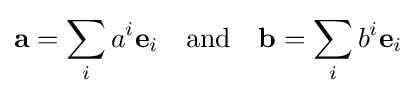
\mathbf {a} =\sum _{i}a^{i}\mathbf {e} _{i}\quad {\mbox{and}}\quad \mathbf {b} =\sum _{i}b^{i}\mathbf {e} _{i}